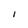
Character: I